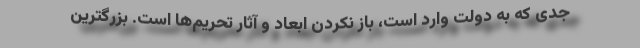
جدی که به دولت وارد است، باز نکردن ابعاد و آثار تحریم‌ها است. بزرگترین